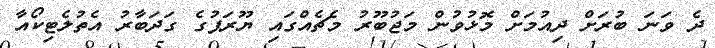
ދެ ވަނަ ބުރަށް ދިއުމަށް މޮޅުވުން މަޖުބޫރު މެޗެއްގައި ޔޫރަޕުގެ ގަދަބާރު އެތުލެޓިކޯއާ